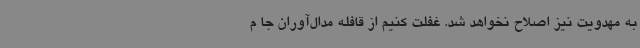
به مهدویت نیز اصلاح نخواهد شد. غفلت کنیم از قافله مدال‌آوران جا م